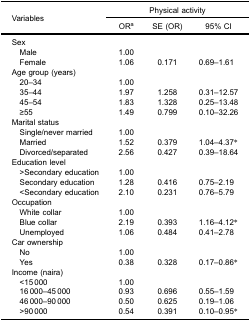
<table><thead><tr><td rowspan="3"><b>Variables</b></td><td colspan="3"><b>Physical activity</b></td></tr><tr><td><b>OR<sup>a</sup></b></td><td><b>SE (OR)</b></td><td><b>95% CI</b></td></tr></thead><tbody><tr><td>Sex</td><td> </td><td> </td><td> </td></tr><tr><td> Male</td><td>1.00</td><td> </td><td> </td></tr><tr><td> Female</td><td>1.06</td><td>0.171</td><td>0.69–1.61</td></tr><tr><td>Age group (years)</td><td> </td><td> </td><td> </td></tr><tr><td> 20–34</td><td>1.00</td><td> </td><td> </td></tr><tr><td> 35–44</td><td>1.97</td><td>1.258</td><td>0.31–12.57</td></tr><tr><td> 45–54</td><td>1.83</td><td>1.328</td><td>0.25–13.48</td></tr><tr><td> ≥55</td><td>1.49</td><td>0.799</td><td>0.10–32.26</td></tr><tr><td>Marital status</td><td> </td><td> </td><td> </td></tr><tr><td> Single/never married</td><td>1.00</td><td> </td><td> </td></tr><tr><td> Married</td><td>1.52</td><td>0.379</td><td>1.04–4.37*</td></tr><tr><td> Divorced/separated</td><td>2.56</td><td>0.427</td><td>0.39–18.64</td></tr><tr><td>Education level</td><td> </td><td> </td><td> </td></tr><tr><td> &gt;Secondary education</td><td>1.00</td><td> </td><td> </td></tr><tr><td> Secondary education</td><td>1.28</td><td>0.416</td><td>0.75–2.19</td></tr><tr><td> &lt;Secondary education</td><td>2.10</td><td>0.231</td><td>0.76–5.79</td></tr><tr><td>Occupation</td><td> </td><td> </td><td> </td></tr><tr><td> White collar</td><td>1.00</td><td> </td><td> </td></tr><tr><td> Blue collar</td><td>2.19</td><td>0.393</td><td>1.16–4.12*</td></tr><tr><td> Unemployed</td><td>1.06</td><td>0.484</td><td>0.41–2.78</td></tr><tr><td>Car ownership</td><td> </td><td> </td><td> </td></tr><tr><td> No</td><td>1.00</td><td> </td><td> </td></tr><tr><td> Yes</td><td>0.38</td><td>0.328</td><td>0.17–0.86*</td></tr><tr><td>Income (naira)</td><td> </td><td> </td><td> </td></tr><tr><td> &lt;15 000</td><td>1.00</td><td> </td><td> </td></tr><tr><td> 16 000–45 000</td><td>0.93</td><td>0.696</td><td>0.55–1.59</td></tr><tr><td> 46 000–90 000</td><td>0.50</td><td>0.625</td><td>0.19–1.06</td></tr><tr><td> &gt;90 000</td><td>0.54</td><td>0.391</td><td>0.10–0.95*</td></tr></tbody></table>